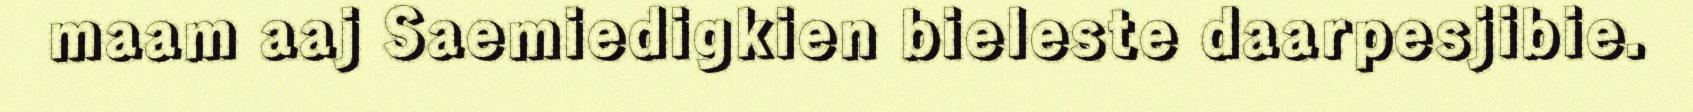
maam aaj Saemiedigkien bieleste daarpesjibie.